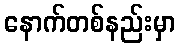
နောက်တစ်နည်းမှာ